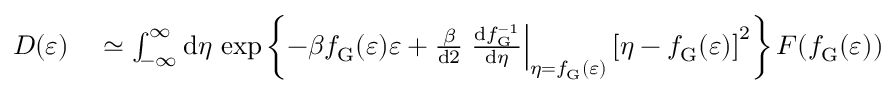
\begin{array} { r l } { D ( \varepsilon ) } & { { } \simeq \int _ { - \infty } ^ { \infty } \mathrm { d } \eta \, \exp \left\lbrace - \beta f _ { \mathrm { G } } ( \varepsilon ) \varepsilon + \frac { \beta } { \mathrm { d } 2 } \left. \frac { \mathrm { d } f _ { \mathrm { G } } ^ { - 1 } } { \mathrm { d } \eta } \right| _ { \eta = f _ { \mathrm { G } } ( \varepsilon ) } \left[ \eta - f _ { \mathrm { G } } ( \varepsilon ) \right] ^ { 2 } \right\rbrace F ( f _ { \mathrm { G } } ( \varepsilon ) ) } \end{array}